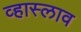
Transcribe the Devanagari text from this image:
व्हास्लाव